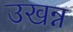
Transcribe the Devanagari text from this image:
उखन्न